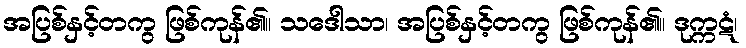
အပြစ်နှင့်တကွ ဖြစ်ကုန်၏။ သဒေါသာ၊ အပြစ်နှင့်တကွ ဖြစ်ကုန်၏။ ဒုက္ကဋံ၊